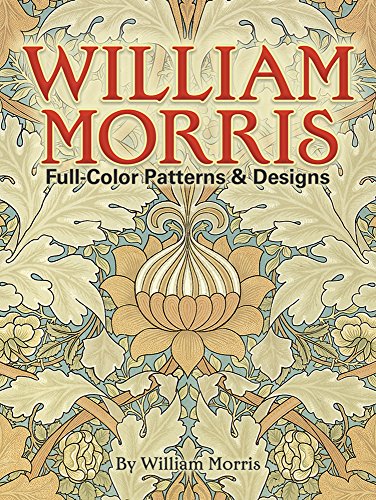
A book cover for William Morris Full-Color Patterns and Designs (Dover Pictorial Archive); William Morris; Arts & Photography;